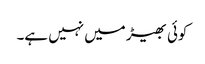
کوئی بھیڑ میں نہیں ہے۔